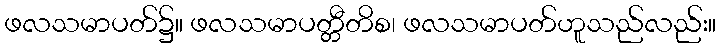
ဖလသမာပတ်၌။ ဖလသမာပတ္တီတိစ၊ ဖလသမာပတ်ဟူသည်လည်း။